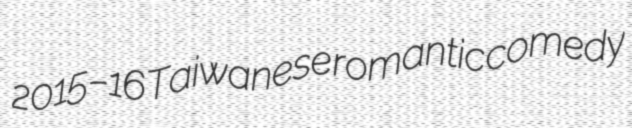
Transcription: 2015–16 Taiwanese romantic comedy